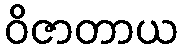
ဝိဇာတာယ